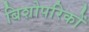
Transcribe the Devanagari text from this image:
बिशोपरिकों